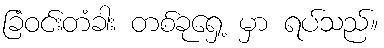
ခြံဝင်းတံခါး တစ်ခုရှေ့ မှာ ရပ်သည်။